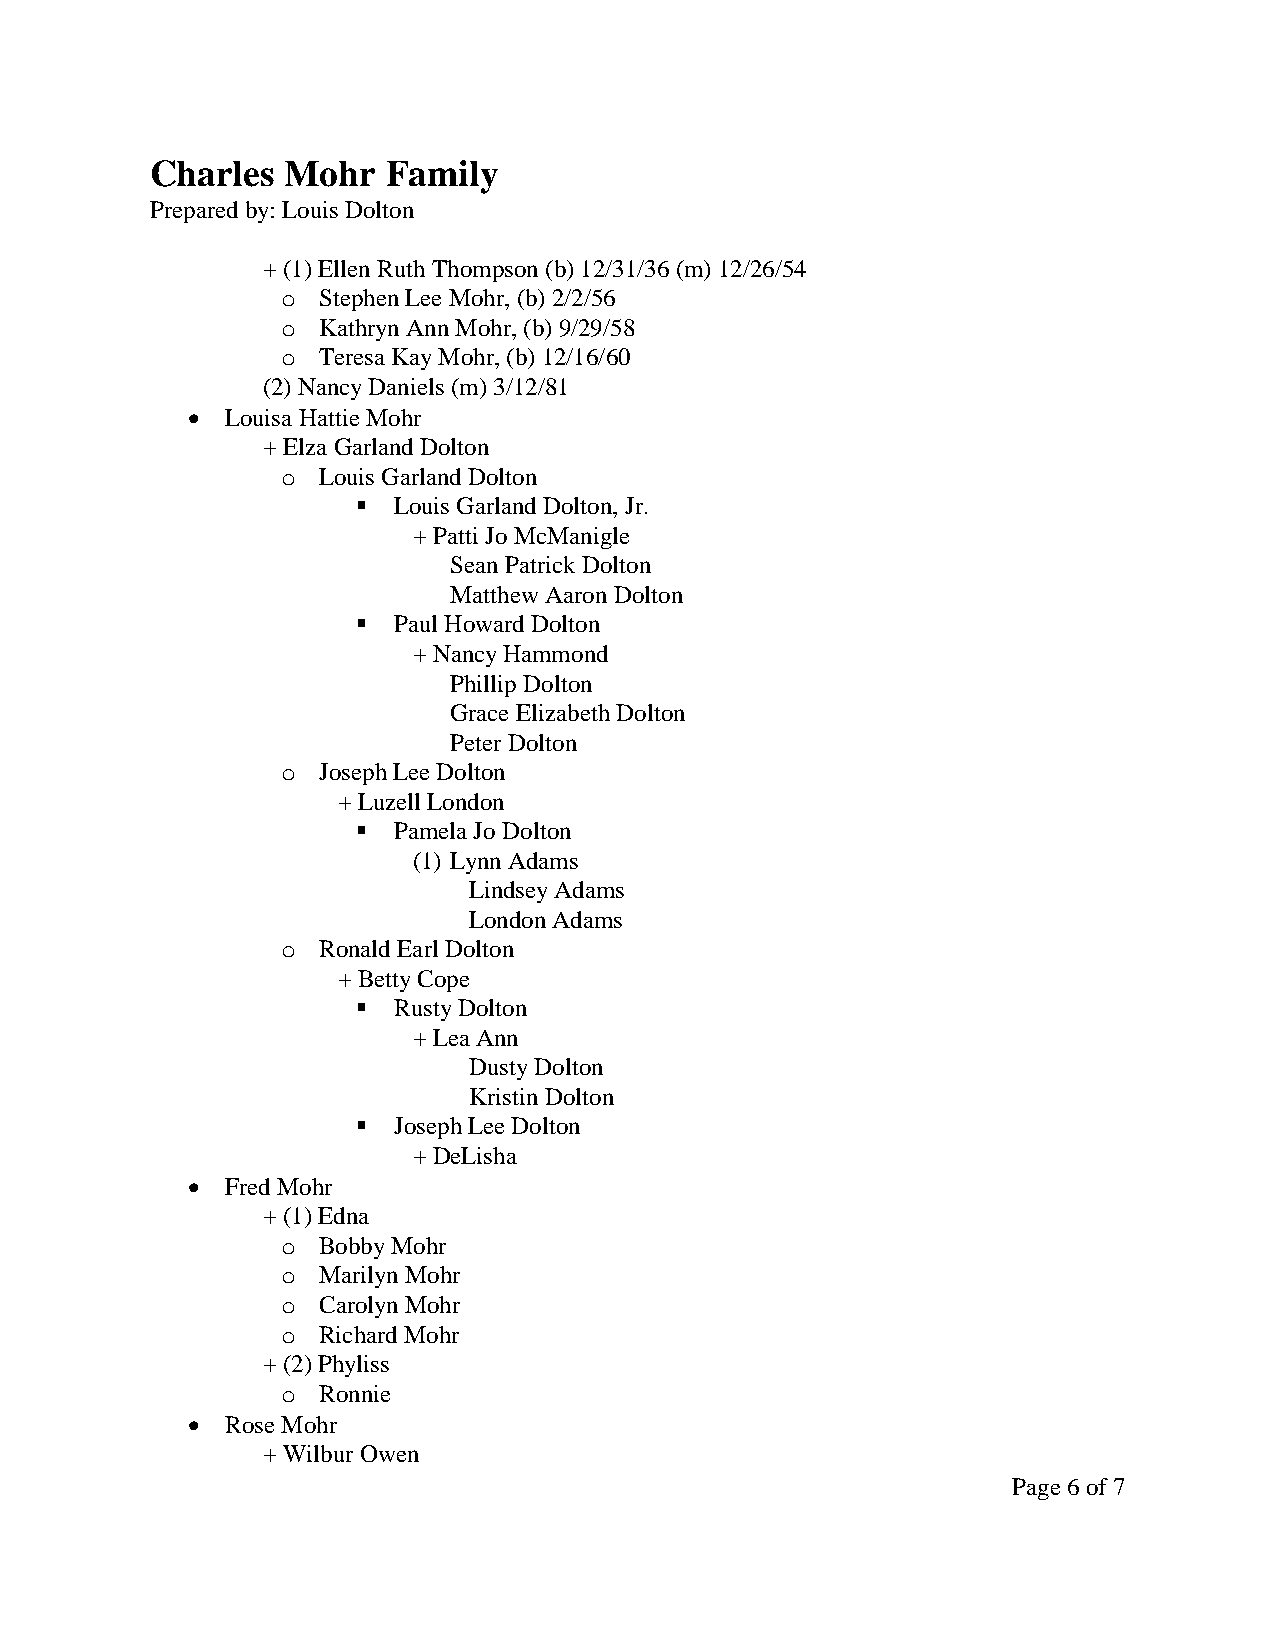
Charles  Mohr   Family
 Prepared by: Louis Dolton
 + (1) Ellen Ruth Thompson (b) 12/31/36 (m) 12/26/54
 o Stephen Lee Mohr, (b) 2/2/56
 o Kathryn Ann Mohr, (b) 9/29/58
 o Teresa Kay Mohr, (b) 12/16/60
 (2) Nancy Daniels (m) 3/12/81
   Louisa Hattie Mohr
 + Elza Garland Dolton
 o Louis Garland Dolton
  Louis Garland Dolton, Jr.
 + Patti Jo McManigle
 Sean Patrick Dolton
 Matthew Aaron Dolton
  Paul Howard Dolton
 + Nancy Hammond
 Phillip Dolton
 Grace Elizabeth Dolton
 Peter Dolton
 o Joseph Lee Dolton
 + Luzell London
  Pamela Jo Dolton
 (1) Lynn Adams
 Lindsey Adams
 London Adams
 o Ronald Earl Dolton
 + Betty Cope
  Rusty Dolton
 + Lea Ann
 Dusty Dolton
 Kristin Dolton
  Joseph Lee Dolton
 + DeLisha
   Fred Mohr
 + (1) Edna
 o Bobby Mohr
 o Marilyn Mohr
 o Carolyn Mohr
 o Richard Mohr
 + (2) Phyliss
 o Ronnie
   Rose Mohr
 + Wilbur Owen
 Page 6 of 7